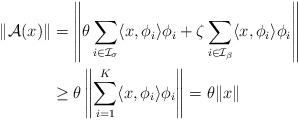
LaTeX: \begin{align*}\|\mathcal{A}(x)\| &=\left\|\theta\sum_{i\in\mathcal{I}_{\sigma}}\langle x,\phi_i\rangle\phi_i+\zeta\sum_{i\in\mathcal{I}_{\beta}}\langle x,\phi_i\rangle\phi_i\right\|\\&\geq\theta\left\|\sum_{i=1}^K\langle x,\phi_i\rangle\phi_i\right\|=\theta\|x\|\end{align*}